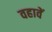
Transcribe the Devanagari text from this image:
वहावें